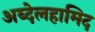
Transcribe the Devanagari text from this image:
अब्देलहामिद